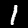
Label: 1